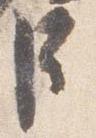
臣